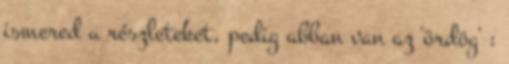
ismered a részleteket, pedig abban van az 'ördög' :